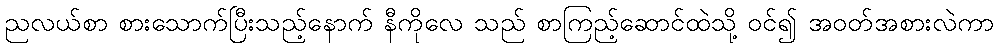
ညလယ်စာ စားသောက်ပြီးသည့်နောက် နီကိုလေ သည် စာကြည့်ဆောင်ထဲသို့ ဝင်၍ အဝတ်အစားလဲကာ